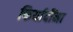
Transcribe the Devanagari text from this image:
फिर्यादींना